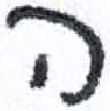
אות: ה